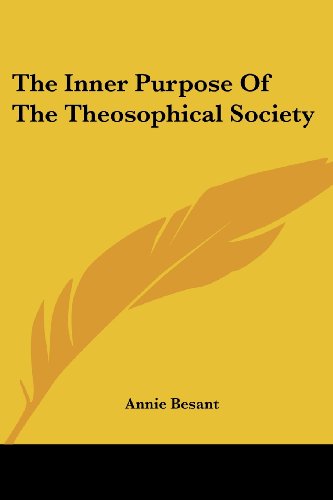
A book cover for The Inner Purpose Of The Theosophical Society; Annie Besant; Religion & Spirituality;